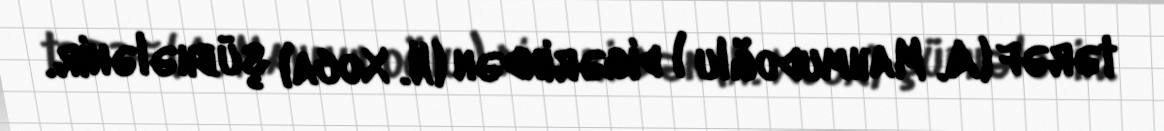
tərəf (A. Mahmudoğlu ) digərindən (N. Xoca) şübhələnir.